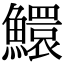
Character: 鱞